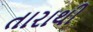
તારાથી